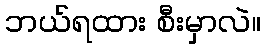
ဘယ်ရထား စီးမှာလဲ။